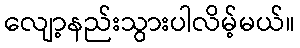
လျော့နည်းသွားပါလိမ့်မယ်။